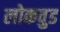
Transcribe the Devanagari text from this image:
लोकवुड